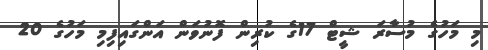
މި މަހުގެ މުސާރަ ޝީޓް 17ގެ ކުރިން ފޮނުވަން އަންގައިފިމި މަހުގެ 20